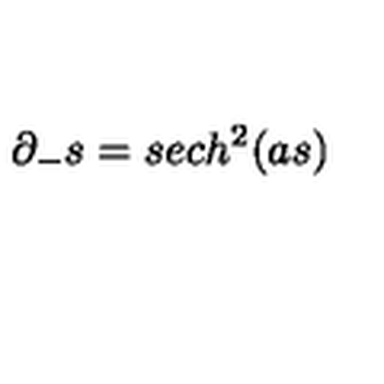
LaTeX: \partial _ { - } s = s e c h ^ { 2 } ( a s )